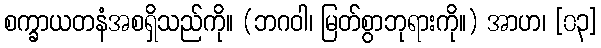
စက္ခာယတနံအစရှိသည်ကို။ (ဘဂဝါ၊ မြတ်စွာဘုရားကို။) အာဟ၊ [၀၃]